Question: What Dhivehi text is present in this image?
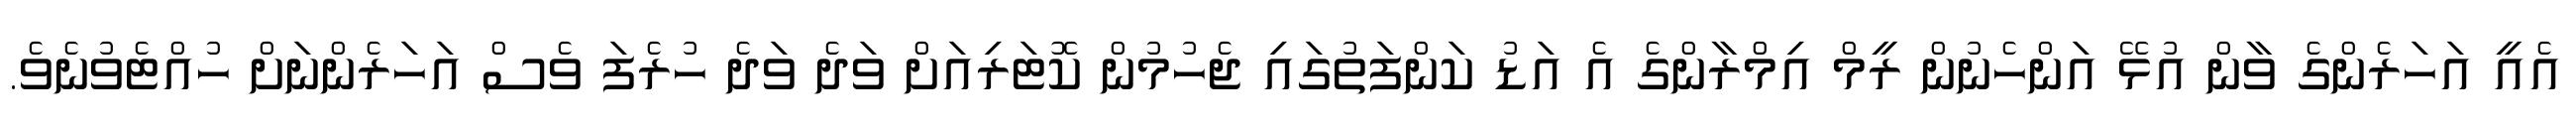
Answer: އެއީ އަހަރެންގެ ވާން އުޅޭ އަންހެނުން ރީމް އިމްރާންގެ އެ އަޑު ކަންފަތުގައި ޖެހުމުން ކޮޓަރިއަށް ވަދެ ވަދެ ހުރެފަ ވެސް އަހަރެންނަށް ހުއްޓެވުނެވެ.